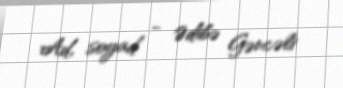
Ad, soyad - Ədibə Gəncəli